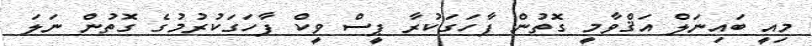
މިއީ ބައިނަލް އަޤްވާމީ ގޮތުން ފާހަގަކުރާ ޕީސް ވީކް ފާހަގަކުރުމުގެ ގޮތުން ނަލަ